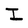
Character: I